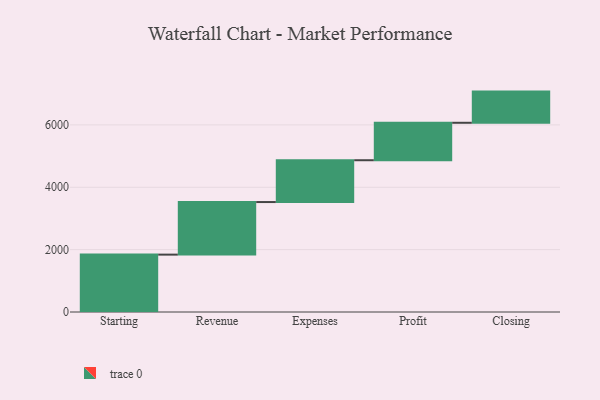
{"axis": {"x": "Step", "y": "Value"}, "legend": [""], "data": [{"x": "Starting", "y": 1840.0, "type": ""}, {"x": "Revenue", "y": 1686.0, "type": ""}, {"x": "Expenses", "y": 1341.0, "type": ""}, {"x": "Profit", "y": 1201.0, "type": ""}, {"x": "Closing", "y": 1000, "type": ""}]}